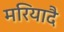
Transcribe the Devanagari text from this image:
मरियादै